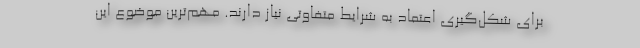
برای شکل‌گیری اعتماد به شرایط متفاوتی نیاز دارند. مهم‌ترین موضوع این